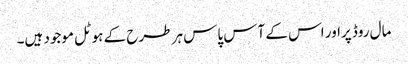
مال روڈ پراور اس کے آس پاس ہر طرح کے ہوٹل موجود ہیں۔